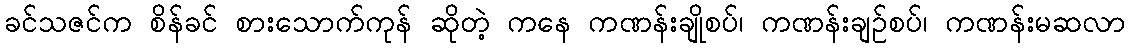
ခင်သဇင်က စိန်ခင် စားသောက်ကုန် ဆိုတဲ့ ကနေ ကဏန်းချိုစပ်၊ ကဏန်းချဉ်စပ်၊ ကဏန်းမဆလာ